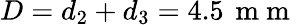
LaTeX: D=d_{2}+d_{3}=4.5\, \mathrm{~m~m~}